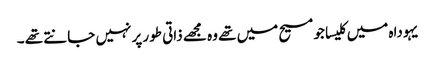
یہوداہ میں کلیسا جو مسیح میں تھے وہ مجھے ذاتی طور پر نہیں جانتے تھے ۔